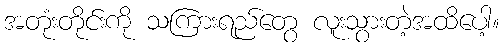
အတုံးတိုင်းကို သကြားရည်တွေ လူးသွားတဲ့အထိပေါ့။